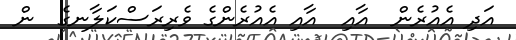
އަދި އެއުރެން  އާއި  އާއި އެއުރެންގެ ވެރިރަސްކަލާނގެ  ން